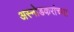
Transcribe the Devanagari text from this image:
अस्नोडकरांच्या